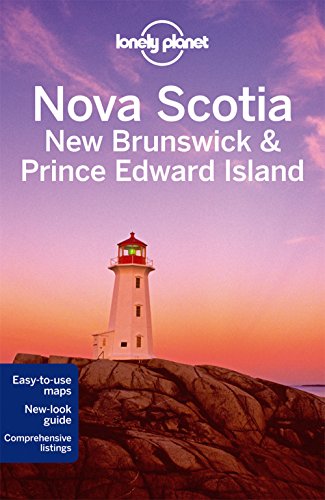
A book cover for Lonely Planet Nova Scotia, New Brunswick & Prince Edward Island (Travel Guide); Lonely Planet; Travel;